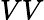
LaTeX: VV